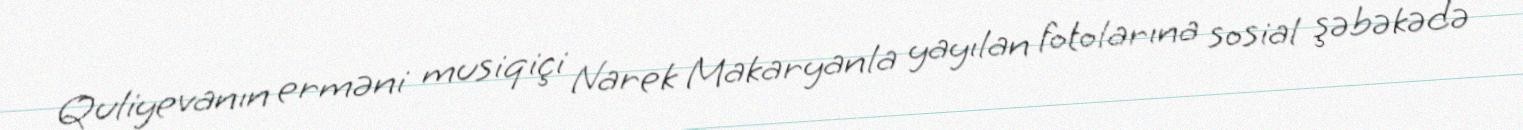
Quliyevanın erməni musiqiçi Narek Makaryanla yayılan fotolarına sosial şəbəkədə